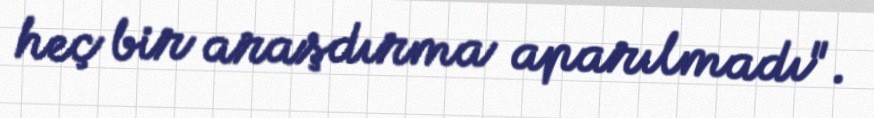
heç bir araşdırma aparılmadı".